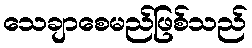
သေချာစေမည်ဖြစ်သည်